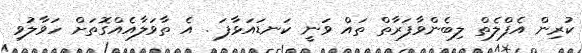
ކުރިން އެފްލެތް ލިބެންވާފަރާތް ތައް ވަނީ ކަނޑައަޅާފަ . އެ ތާވަލާއެއްގޮތަށް ހަވާލުވި